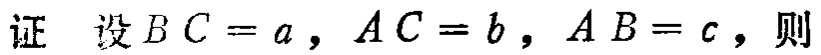
证 设\(BC = a\)，\(AC = b\)，\(AB = c\)，则